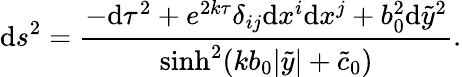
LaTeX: \mathrm{d}s^{2}=\frac{{-\mathrm{d}\tau^{2}+e^{2k\tau}\delta_{ij}\mathrm{d}x^{i}\mathrm{d}x^{j}+b_{0}^{2}\mathrm{d}{\tilde{{y}}}^{2}}}{{\sinh^{2}(kb_{0}|\tilde{{y}}|+\tilde{{c}}_{0})}}.